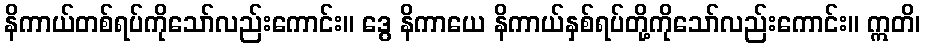
နိကာယ်တစ်ရပ်ကိုသော်လည်းကောင်း။ ဒွေ နိကာယေ နိကာယ်နှစ်ရပ်တို့ကိုသော်လည်းကောင်း။ ဣတိ၊